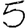
Digit: 5